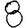
Digit: 8